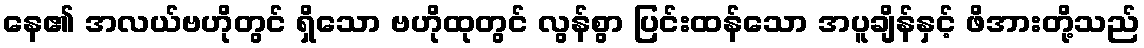
နေ၏ အလယ်ဗဟိုတွင် ရှိသော ဗဟိုထုတွင် လွန်စွာ ပြင်းထန်သော အပူချိန်နှင့် ဖိအားတို့သည်